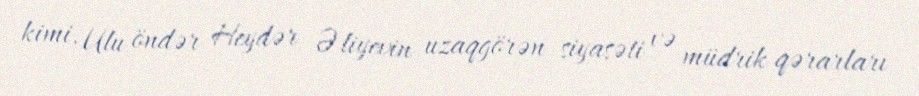
kimi, Ulu öndər Heydər Əliyevin uzaqgörən siyasəti və müdrik qərarları